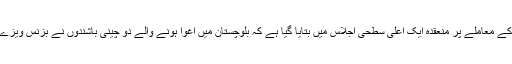
وزیرداخلہ کی صدارت میں چینی باشندوں کے ویزے اور نئی پالیسی کے تحت این جی اوز کی رجسٹریشن کے معاملے پر منعقدہ ایک اعلی سطحی اجلاس میں بتایا گیا ہے کہ بلوچستان میں اغوا ہونے والے دو چینی باشندوں نے بزنس ویزے کی خلاف ورزی کی اور کوئٹہ میں اردو سیکھنے کے نام پر دیگر سرگرمیوں میں مصروف ہوگئے تھے۔